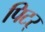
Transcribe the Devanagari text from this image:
पिटर्